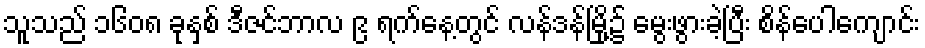
သူသည် ၁၆၀၈ ခုနှစ် ဒီဇင်ဘာလ ၉ ရက်နေ့တွင် လန်ဒန်မြို့၌ မွေးဖွားခဲ့ပြီး စိန်ပေါကျောင်း